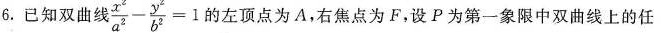
6.已知双曲线 $$\frac{x^{2}}{a^{2}}- \frac{y^{2}}{b^{2}}=1$$ 的左顶点为A，右焦点为F，设P为第一象限中双曲线上的任